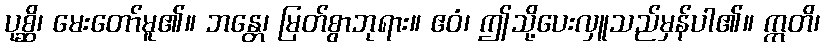
ပုစ္ဆိ၊ မေးတော်မူ၏။ ဘန္တေ၊ မြတ်စွာဘုရား။ ဧဝံ၊ ဤသို့ပေးလှူသည်မှန်ပါ၏။ ဣတိ၊